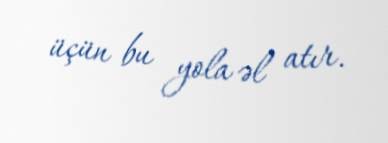
üçün bu yola əl atır.